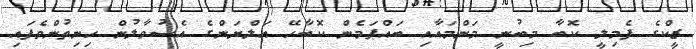
ޒީކްގެ ފެމިލީ ކޮބާ މިބުނީ މަންމައާއި ބައްޕަމެން ކޮބާހޭ އަލްޔަންގެ އެސުވާލުން ހިނިތުންވެފައި